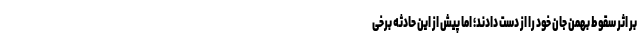
بر اثر سقوط بهمن جان خود را از دست دادند؛ اما پیش از این حادثه برخی